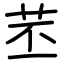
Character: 苤